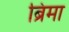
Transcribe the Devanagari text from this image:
ब्रिमा